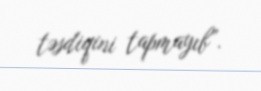
təsdiqini tapmayıb”.